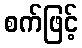
စက်ဖြင့်